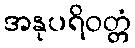
အနုပရိဝတ္တံ